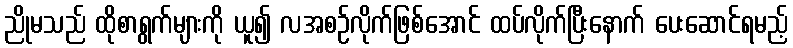
ညိုမသည် ထိုစာရွက်များကို ယူ၍ လအစဉ်လိုက်ဖြစ်အောင် ထပ်လိုက်ပြီးနောက် ပေးဆောင်ရမည့်